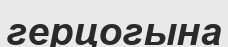
герцогына